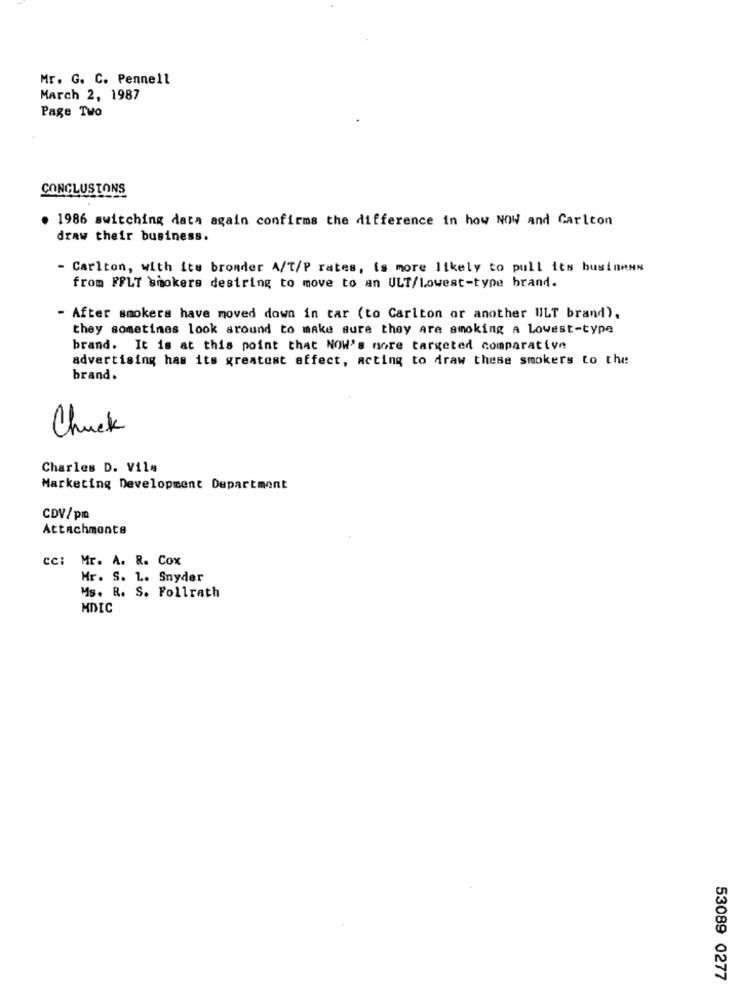
Mr. G. C. Pennell
March 2, 1987
Page Two
CONCLUSIONS
1986 switching data again confirms the difference in how NOW and Carlton
draw their business.
- Carlton, with its bronder A/T/P rates, is more likely to pull its business
from FFLT smokers destring to move to an ULT/Lowest-type brand.
- After smokers have moved down in tar (to Carlton or another WILT brand),
they sometimes look around to make sure they are smoking a Lowest-type
brand. It is at this point that NOW's more targeted comparative
advertising has its greatest affect, acting to draw these smokers to the
brand.
Chuck
Charles D. Vila
Marketing Development Department
CDV/pm
Attachments
cc: Mr. A. R. Cox
Mr. S. L. Snyder
Ms. R. S. Follrath
MDIC
53089 0277